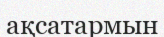
ақсатармын